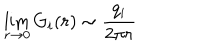
\lim _ { r \rightarrow 0 } G _ { i } ( r ) \sim \frac { q _ { i } } { 2 \pi r }